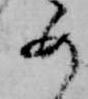
め